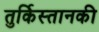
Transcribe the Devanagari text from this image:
तुर्किस्तानकी